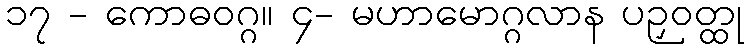
၁၇ - ကောဓဝဂ္ဂ။ ၄- မဟာမောဂ္ဂလာန ပဉှဝတ္ထု